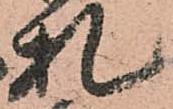
札